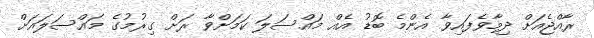
ރާއްޖެއަށް ދިމާވެފައިވާ އެންމެ ބޮޑު އެއް މައްސަލަ ކަމަށްވާ ރަށް ގިރުމުގެ މައްސަލައަށް